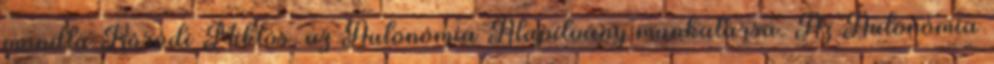
mondta Kóródi Miklós, az Autonómia Alapítvány munkatársa. Az Autonómia